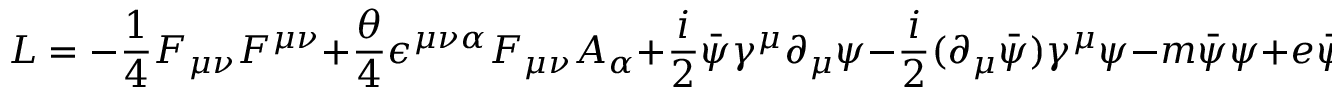
{ \cal L } = - \frac { 1 } { 4 } F _ { \mu \nu } F ^ { \mu \nu } + \frac { \theta } { 4 } \epsilon ^ { \mu \nu \alpha } F _ { \mu \nu } A _ { \alpha } + \frac { i } { 2 } \bar { \psi } \gamma ^ { \mu } \partial _ { \mu } \psi - \frac { i } { 2 } ( \partial _ { \mu } \bar { \psi } ) \gamma ^ { \mu } \psi - m \bar { \psi } \psi + e \bar { \psi } \gamma ^ { \mu } A _ { \mu } \psi ,